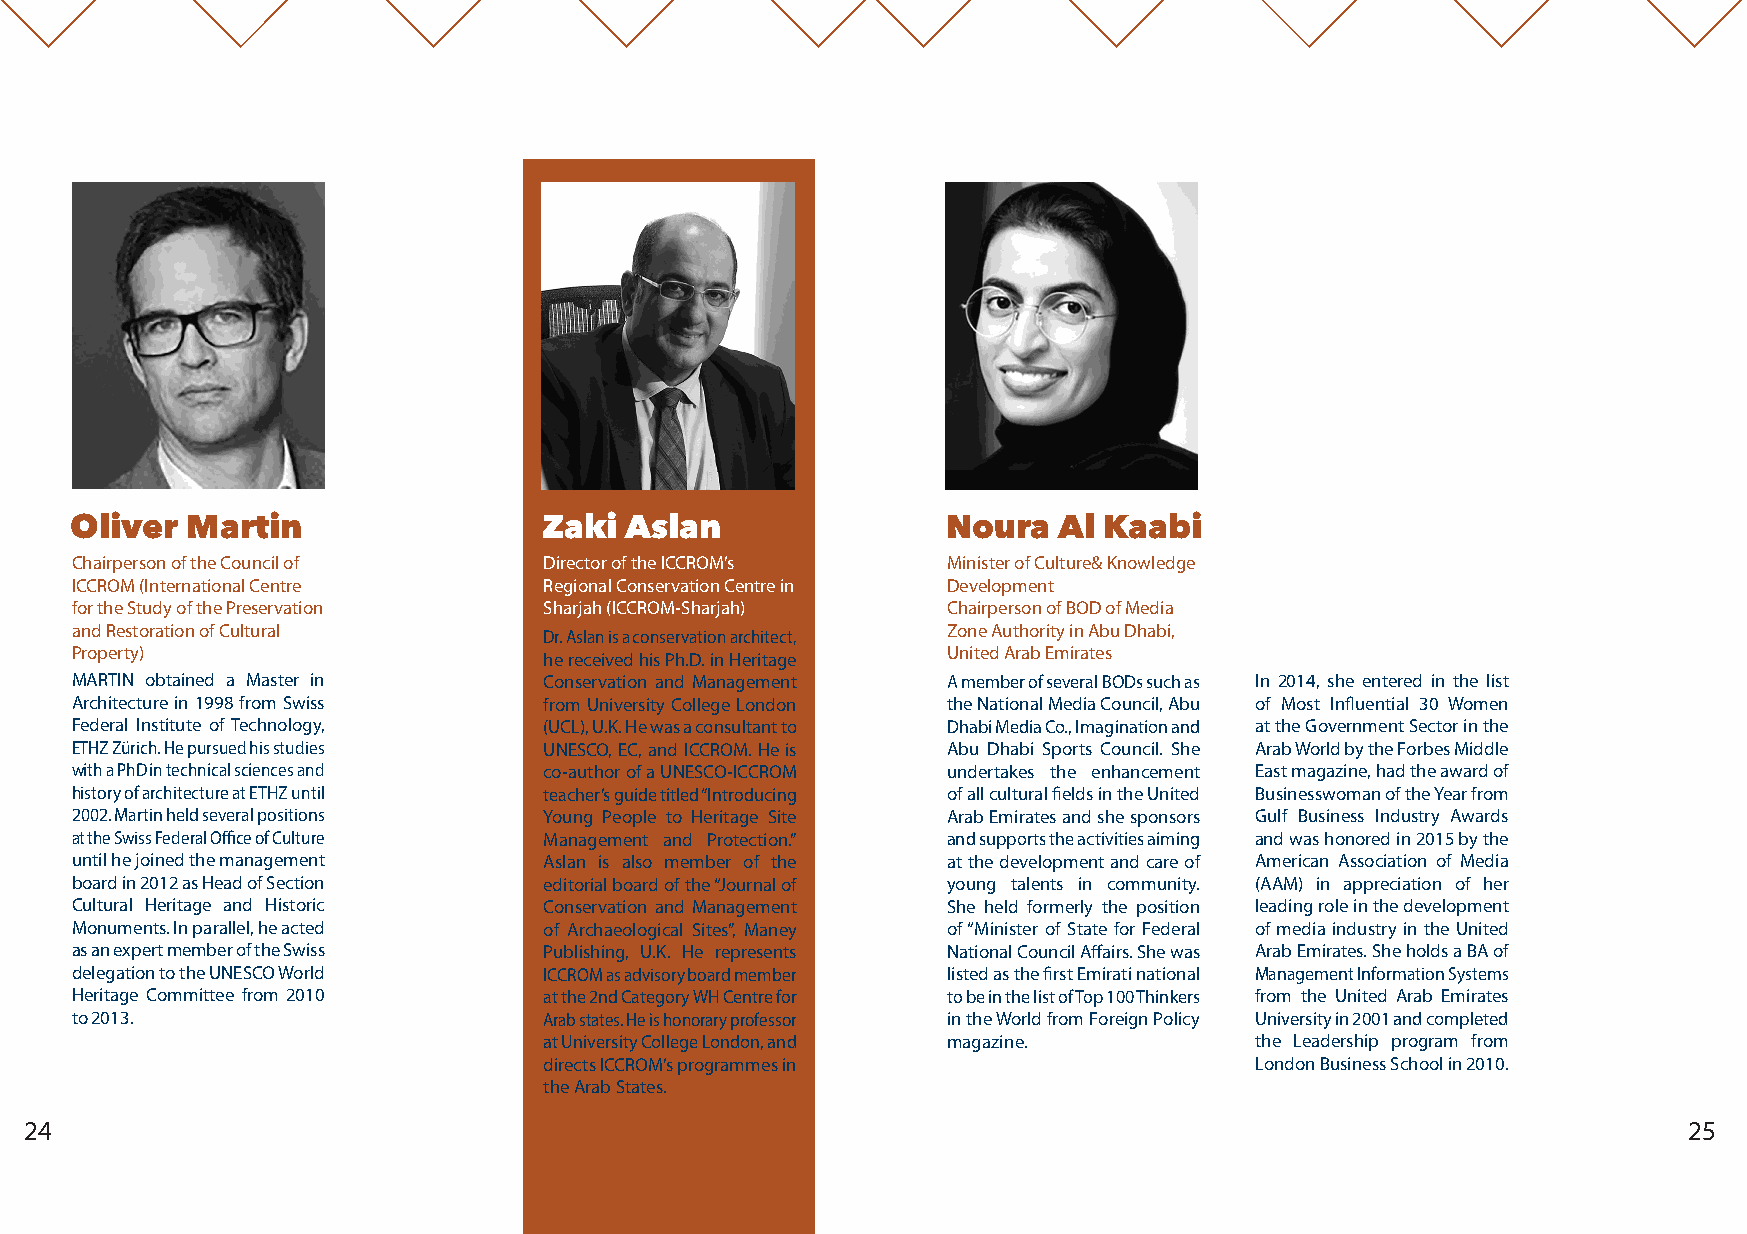
Oliver  Martin                 Zaki  Aslan                Noura  Al Kaabi
 Chairperson of the Council of  Director of the ICCROM’s   Minister of Culture& Knowledge
 ICCROM (International Centre   Regional Conservation Centre in Development
 for the Study of the Preservation Sharjah (ICCROM-Sharjah)erty) Chairperson of BOD of Media
 and Restoration of Cultural                               Zone Authority in Abu Dhabi,
 Dr. Aslan is a conservation architect,
 Property)                                                 United Arab Emirates
 he received his Ph.D. in Heritage
 MARTIN obtained a Master in    Conservation and Management A member of several BODs such as In 2014, she entered in the list
 Architecture in 1998 from Swiss from University College London the National Media Council, Abu of Most Influential 30 Women
 Federal Institute of Technology, (UCL), U.K. He was a consultant to Dhabi Media Co., Imagination and at the Government Sector in the
 ETHZ Zürich. He pursued his studies UNESCO, EC, and ICCROM. He is Abu Dhabi Sports Council. She Arab World by the Forbes Middle
 with a PhD in technical sciences and co-author of a UNESCO-ICCROM undertakes the enhancement East magazine, had the award of
 history of architecture at ETHZ until teacher’s guide titled “Introducing of all cultural fields in the United Businesswoman of the Year from
 2002. Martin held several positions Young People to Heritage Site Arab Emirates and she sponsors Gulf Business Industry Awards
 at the Swiss Federal Office of Culture Management and Protection.” and supports the activities aiming and was honored in 2015 by the
 until he joined the management Aslan is also member of the at the development and care of American Association of Media
 board in 2012 as Head of Section editorial board of the “Journal of young talents in community. (AAM) in appreciation of her
 Cultural Heritage and Historic Conservation and Management She held formerly the position leading role in the development
 Monuments. In parallel, he acted of Archaeological Sites”, Maney of “Minister of State for Federal of media industry in the United
 as an expert member of the Swiss Publishing, U.K. He represents National Council Affairs. She was Arab Emirates. She holds a BA of
 delegation to the UNESCO World ICCROM as advisory board member listed as the first Emirati national Management Information Systems
 Heritage Committee from 2010   at the 2nd Category WH Centre for to be in the list of Top 100 Thinkers from the United Arab Emirates
 to 2013.                       Arab states. He is honorary professor in the World from Foreign Policy University in 2001 and completed
 at University College London, and magazine.    the Leadership program from
 directs ICCROM’s programmes in                 London Business School in 2010.
 the Arab States.
 24                                                                                                            25